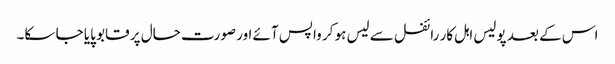
اس کے بعد پولیس اہل کار رائفل سے لیس ہو کر واپس آئے اور صورت حال پر قابو پایا جا سکا۔